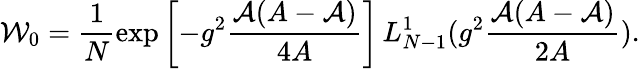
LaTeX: {\cal W}_{0}=\frac{1}{N}\exp\left[-g^{2}\frac{{\cal A}(A-{\cal A})}{4A}\right]\, L_{N-1}^{1}(g^{2}\frac{{\cal A}(A-{\cal A})}{2A}).